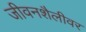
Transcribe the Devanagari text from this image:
जीवनशैलीवर